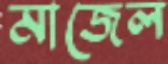
মাজেল